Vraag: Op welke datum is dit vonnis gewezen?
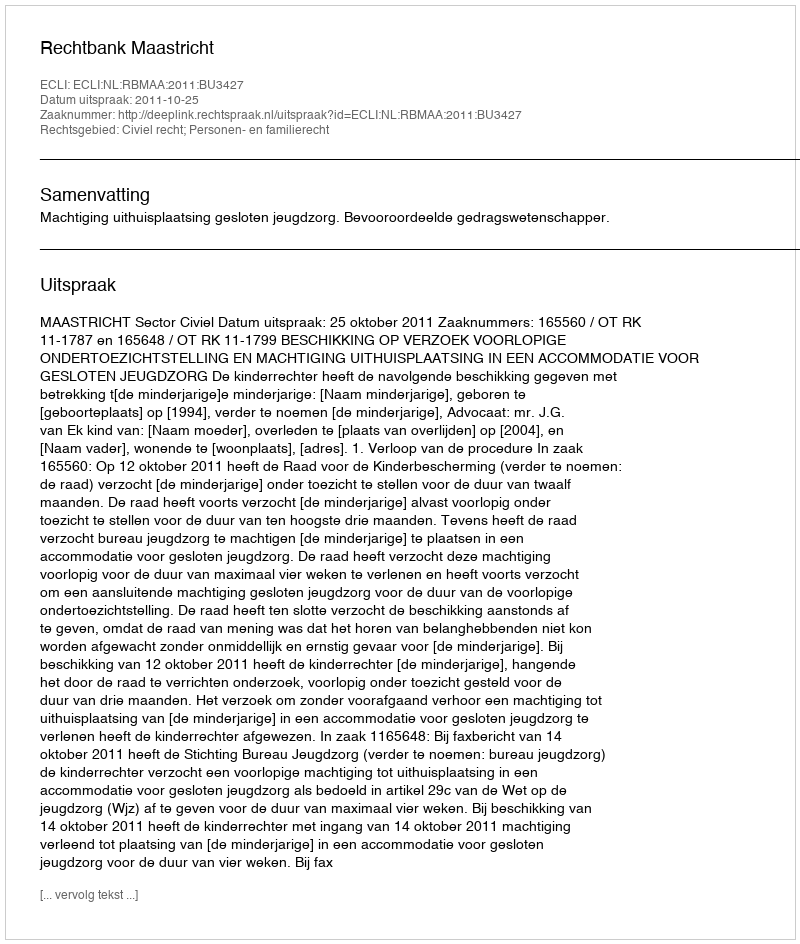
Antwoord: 2011-10-25